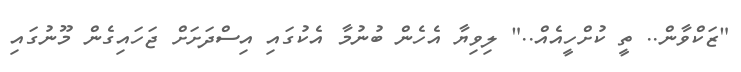
"ޒަކްވާން.. ތީ ކުށްހީއެއް.." ލިވިޔާ އެހެން ބުނުމާ އެކުގައި އިސްދަށަށް ޖަހައިގެން މޫނުގައި